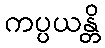
ကပ္ပယန္တိ